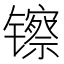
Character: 镲